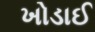
ખોડાઈ